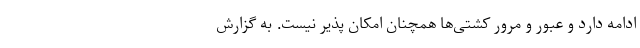
ادامه دارد و عبور و مرور کشتی‌ها همچنان امکان پذیر نیست. به گزارش